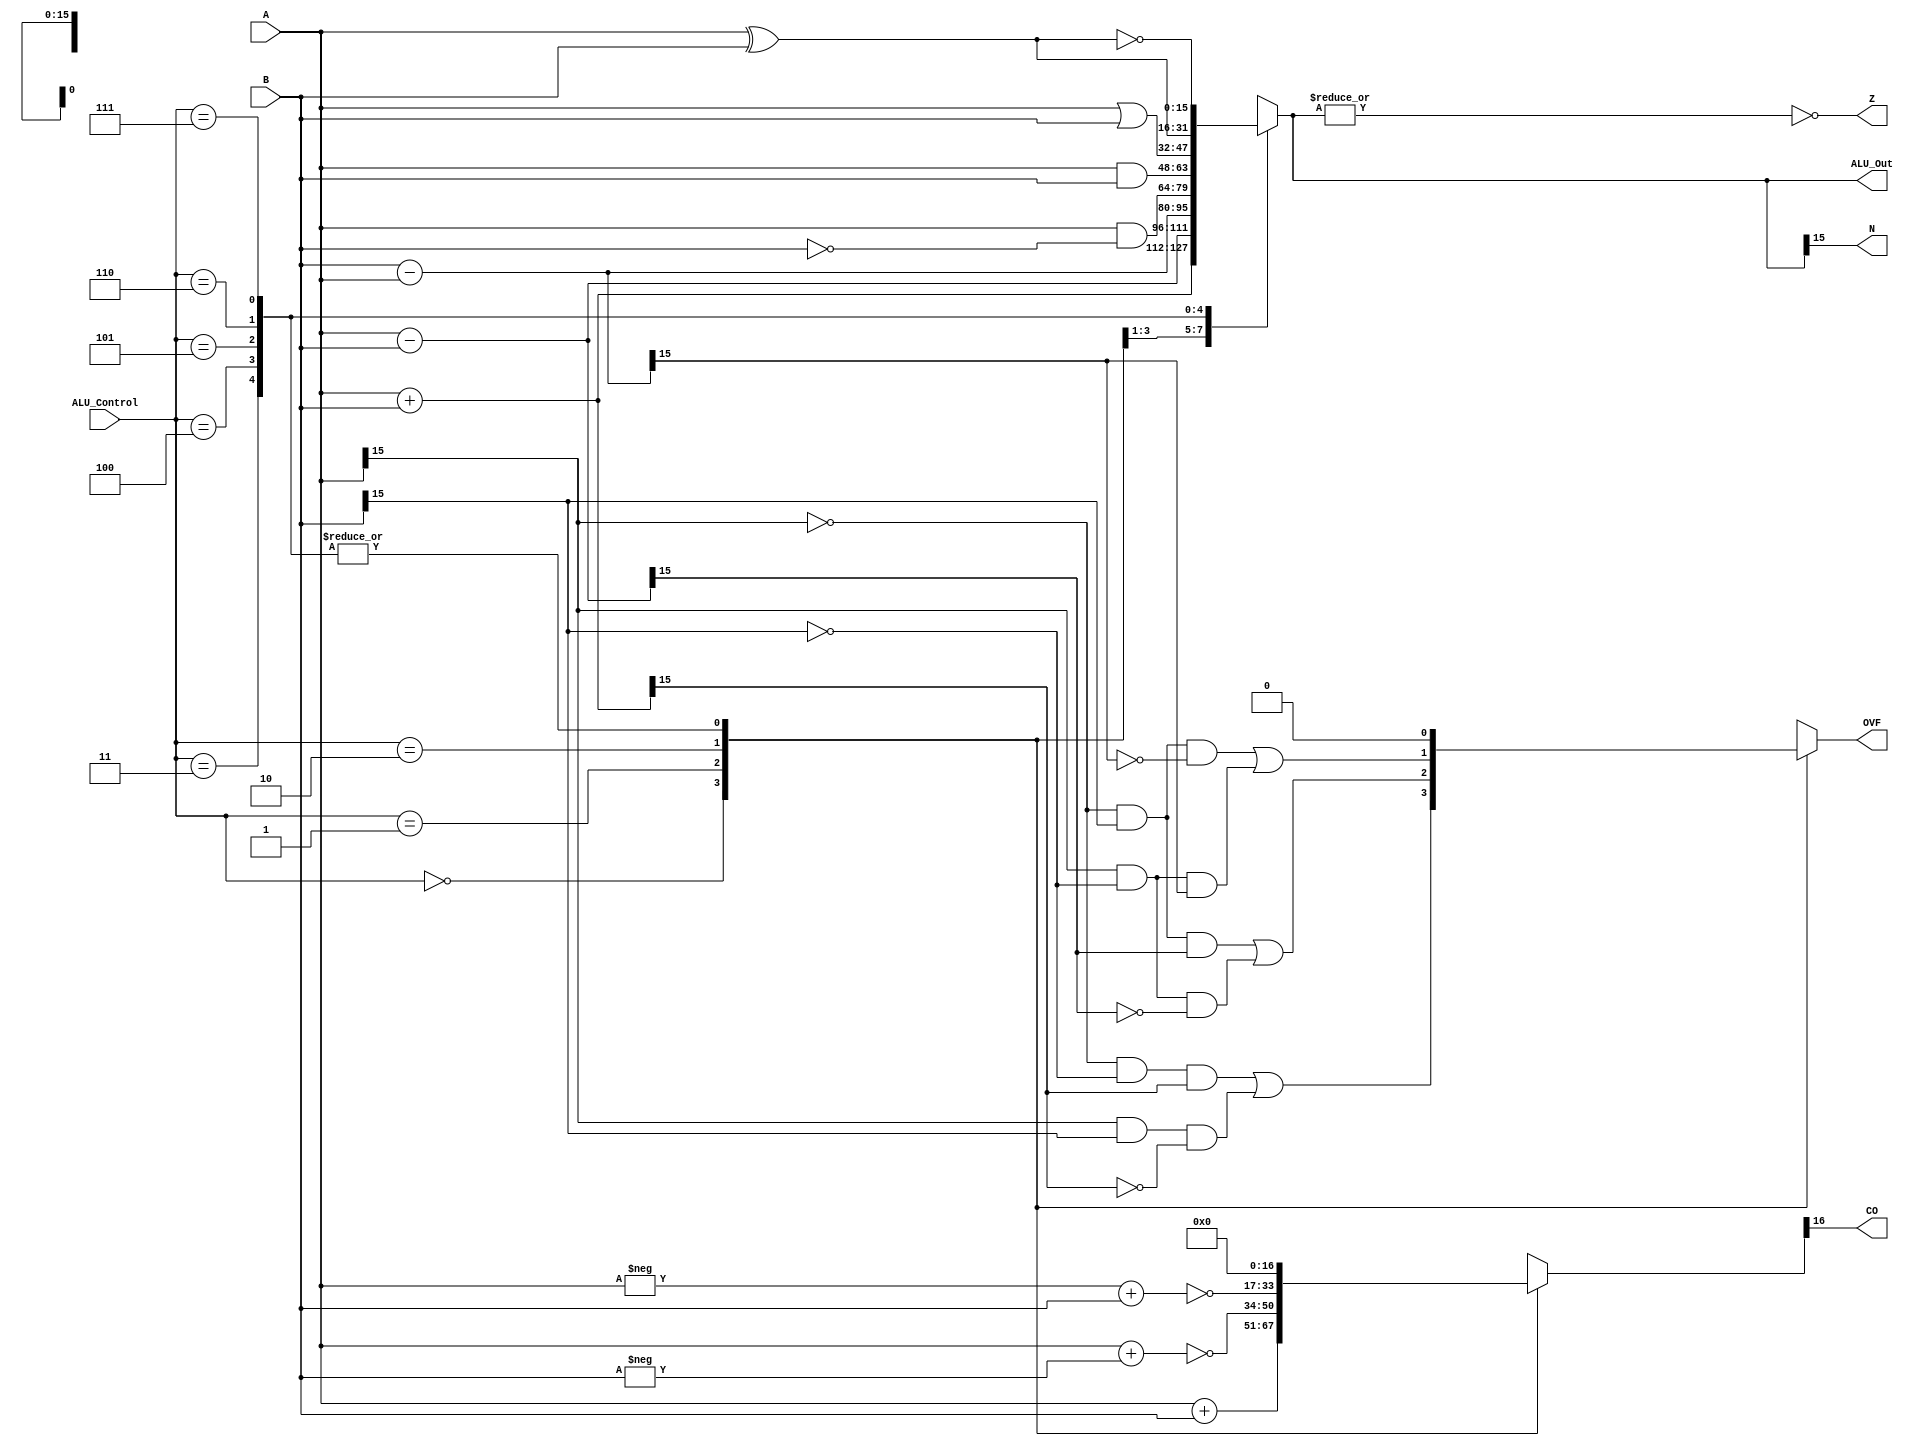
/*-----------------------------------------------------
--   Arithmetic Logic Unit
--   This arithmetic logic unit performs different operations
--   to input data and gives out an output and necessary flags.
--   Data width is given as a parameter to this module. 
--   Performed operations are: 
--   Addition, Subtraction, Bit Clear, And, Or, Exor and Exnor
--   Designer: Tuna Biim
-----------------------------------------------------*/ 
module ALU(A, B, ALU_Control, ALU_Out, CO, OVF, N, Z);
           
    parameter W = 16;
    input [W-1:0] A,B;  // ALU W-bit Inputs                 
    input [2:0] ALU_Control;// ALU Selection
    output [W-1:0] ALU_Out; // ALU W-bit Output
    output CO;  // Carry Out Flag
    output OVF; // Overflow Flag
    output N;   // Negative Flag
    output Z;   // Zero Flag
	
	reg [W-1:0] ALU_Result;
	assign ALU_Out = ALU_Result; // ALU out
	
	reg [W:0]Carry_Out; //Register to execute carry calculations
	reg Overflow; // Overflow bit to determine if the condition occurred
	assign CO = Carry_Out[W]; //If the first bit of the carry out is 1 the operation had a carry
	assign OVF = Overflow;
	assign N = ALU_Result[W-1];
	assign Z = ~(|ALU_Result);
	
    always @(*)
    begin
        case(ALU_Control)
        3'b000: begin// Addition
			ALU_Result = A + B ; 
			Overflow  = ((~A[W-1])&(~B[W-1])&ALU_Result[W-1])|(A[W-1]&B[W-1]&(~ALU_Result[W-1]));
			Carry_Out = {1'b0, A} + {1'b0, B};
			end 
        3'b001: begin// SubtractionAB
			ALU_Result = A - B ;
			Overflow  = ((~A[W-1])&B[W-1]&ALU_Result[W-1])|((A[W-1])&(~B[W-1])&(~ALU_Result[W-1]));
			Carry_Out = ~({1'b0, A} + {1'b0, (-B)});
			end
        3'b010: begin // SubtractionBA
			ALU_Result = B - A;
			Overflow  = ((~A[W-1])&B[W-1]&(~ALU_Result[W-1]))|((A[W-1])&(~B[W-1])&ALU_Result[W-1]);
			Carry_Out = ~({1'b0, (-A)} + {1'b0, B});
			end 
        3'b011: begin // Bit Clear
			ALU_Result = A & (~B); 
			Overflow = 1'b0;
			Carry_Out = {W{1'b0}};
			end 
        3'b100: begin //  Logical and 
			ALU_Result = A & B;
			Overflow = 1'b0;
			Carry_Out = {W{1'b0}};
			end
        3'b101: begin //  Logical or
			ALU_Result = A | B;
			Overflow = 1'b0;
			Carry_Out = {W{1'b0}};
			end
        3'b110: begin //  Logical xor 
            ALU_Result = A ^ B;
			Overflow = 1'b0;
			Carry_Out = {W{1'b0}};
			end
        3'b111: begin // Logical xnor
            ALU_Result = ~(A ^ B);
			Overflow = 1'b0;
			Carry_Out = {W{1'b0}};
			end
        default: begin ALU_Result = A + B ; 
		   	Overflow = 1'b0;
			Carry_Out = {W{1'b0}};
			end

        endcase
    end

endmodule